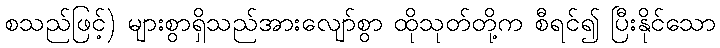
စသည်ဖြင့်) များစွာရှိသည်အားလျော်စွာ ထိုသုတ်တို့က စီရင်၍ ပြီးနိုင်သော